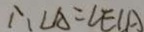
\therefore \angle A = \angle E C A